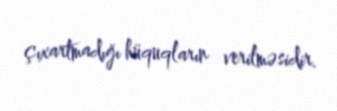
çıxartmadığı hüquqların verilməsidir.